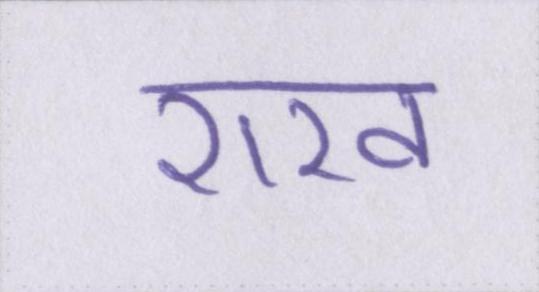
राख